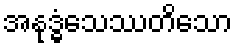
အနုဒ္ဓံသေဿတိသော